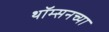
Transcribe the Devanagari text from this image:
थॉम्सनच्या